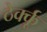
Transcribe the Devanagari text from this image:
ठेर्क्कू